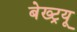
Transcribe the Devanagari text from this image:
बेख्ट्रयू